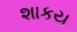
શાકય